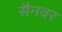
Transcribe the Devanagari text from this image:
सैनवर